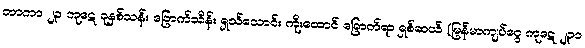
တာကာ ၂၃ ကုဋေ ခုနှစ်သန်း ခြောက်သိန်း ရှသ်သောင်း ကိုးထောင် ခြောက်ရာ ရှစ်ဆယ် (မြန်မာကျပ်ငွေ ကုဋေ ၂၃၀